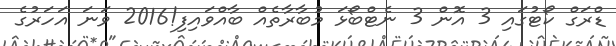
ޑްރަގް ކޯޓުގައި 3 އޮން 3 ނެޓްބޯޅަ މުބާރާތެއް ބާއްވައިފި!2016 ވަނަ އަހަރުގެ